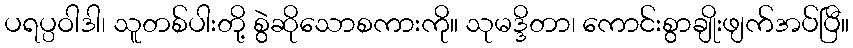
ပရပ္ပဝါဒါ၊ သူတစ်ပါးတို့ စွဲဆိုသောစကားကို။ သုမဒ္ဒိတာ၊ ကောင်းစွာချိုးဖျက်အပ်ပြီ။